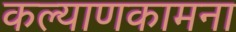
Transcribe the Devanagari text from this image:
कल्याणकामना